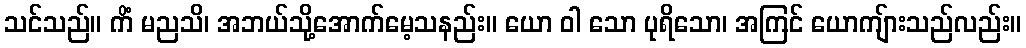
သင်သည်။ ကိံ မညသိ၊ အဘယ်သို့အောက်မေ့သနည်း။ ယော ဝါ သော ပုရိသော၊ အကြင် ယောကျ်ားသည်လည်း။